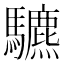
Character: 䮽